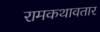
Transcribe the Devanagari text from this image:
रामकथावतार